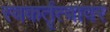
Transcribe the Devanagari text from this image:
स्वकर्तृत्वावर